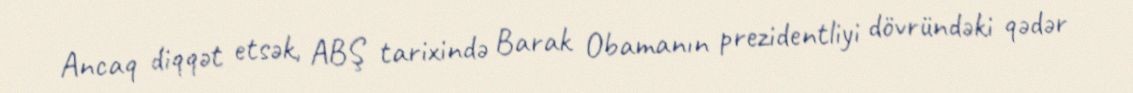
Ancaq diqqət etsək, ABŞ tarixində Barak Obamanın prezidentliyi dövründəki qədər